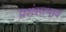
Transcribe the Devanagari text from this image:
प्रशंसाभाव